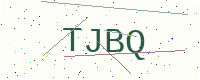
Text: TJBQ